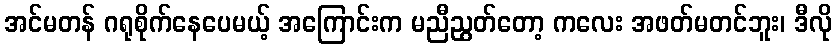
အင်မတန် ဂရုစိုက်နေပေမယ့် အကြောင်းက မညီညွတ်တော့ ကလေး အဖတ်မတင်ဘူး၊ ဒီလို